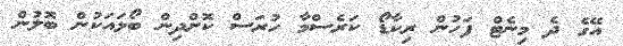
އޭގެ ދެ މިނެޓް ފަހުން ރިކާޑޯ ކަރެސްމާ ހުރަސް ކޮށްދިން ބޯޅައަކުން ބޮލުން